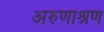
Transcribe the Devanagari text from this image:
अरुणाश्रण